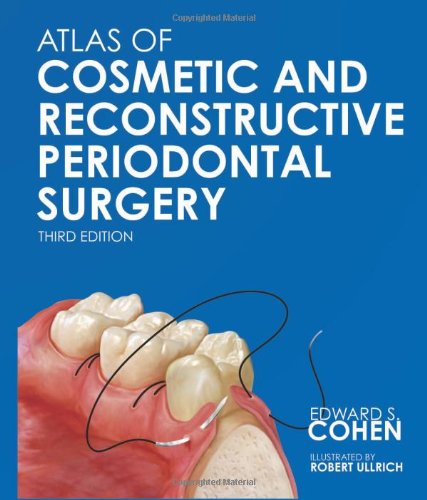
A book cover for Atlas of Cosmetic and Reconstructive Periodontal Surgery 3/E; Edward S. Cohen; Medical Books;